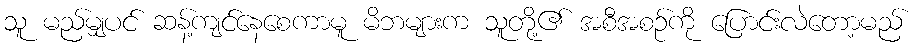
သူ မည်မျှပင် ဆန့်ကျင်နေစေကာမူ မိဘများက သူတို့၏ အစီအစဉ်ကို ပြောင်းလဲတော့မည်